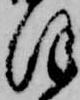
ほ